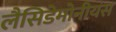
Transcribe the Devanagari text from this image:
लैसिडेमोनीयंस